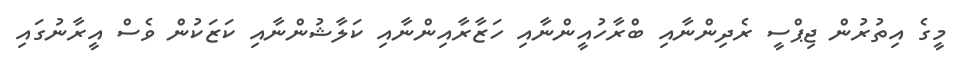
މީގެ އިތުރުން ޖިޕްސީ ރެދިންނާއި ބްރާހުއީންނާއި ހަޒާރާއިންނާއި ކަލާޝުންނާއި ކަޒަކުން ވެސް އީރާނުގައި